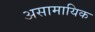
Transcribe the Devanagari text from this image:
असामायिक